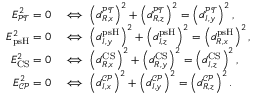
\begin{array} { r l } { E _ { \mathcal { P T } } ^ { 2 } = 0 } & { \iff \left( d _ { R , x } ^ { \mathcal { P T } } \right) ^ { 2 } + \left( d _ { R , z } ^ { \mathcal { P T } } \right) ^ { 2 } = \left( d _ { I , y } ^ { \mathcal { P T } } \right) ^ { 2 } , } \\ { E _ { \mathrm { p s H } } ^ { 2 } = 0 } & { \iff \left( d _ { I , y } ^ { \mathrm { p s H } } \right) ^ { 2 } + \left( d _ { I , z } ^ { \mathrm { p s H } } \right) ^ { 2 } = \left( d _ { R , x } ^ { \mathrm { p s H } } \right) ^ { 2 } , } \\ { E _ { \mathrm { C S } } ^ { 2 } = 0 } & { \iff \left( d _ { R , x } ^ { \mathrm { C S } } \right) ^ { 2 } + \left( d _ { R , y } ^ { \mathrm { C S } } \right) ^ { 2 } = \left( d _ { I , z } ^ { \mathrm { C S } } \right) ^ { 2 } , } \\ { E _ { \mathcal { C P } } ^ { 2 } = 0 } & { \iff \left( d _ { I , x } ^ { \mathcal { C P } } \right) ^ { 2 } + \left( d _ { I , y } ^ { \mathcal { C P } } \right) ^ { 2 } = \left( d _ { R , z } ^ { \mathcal { C P } } \right) ^ { 2 } . } \end{array}